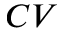
C V